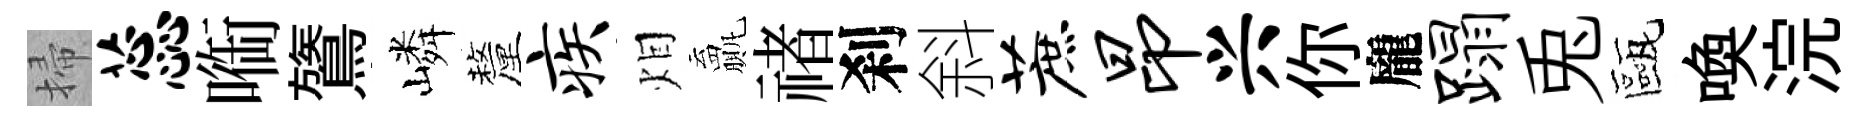
掃蕊㗸鷟嶙釐疾𤇆贏禇刹斜蔗昂兴你龐蹋兎甌喚浣